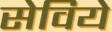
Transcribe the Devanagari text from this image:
सेविये